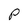
Character: P